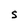
Character: S